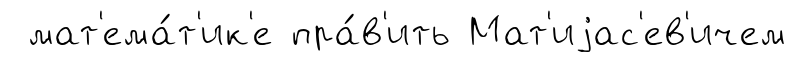
мат'ема́т'ик'е пра́в'ить Мат'иjас'ев'ичем